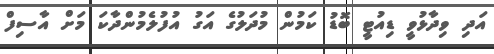
އަދި ވިދާޅުވީ ޑިއުޓީ ބޮޑު ކަމުން މުދަލުގެ އަގު އުފުލެމުންދާކަ މަށް އާސިފް